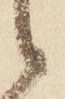
候